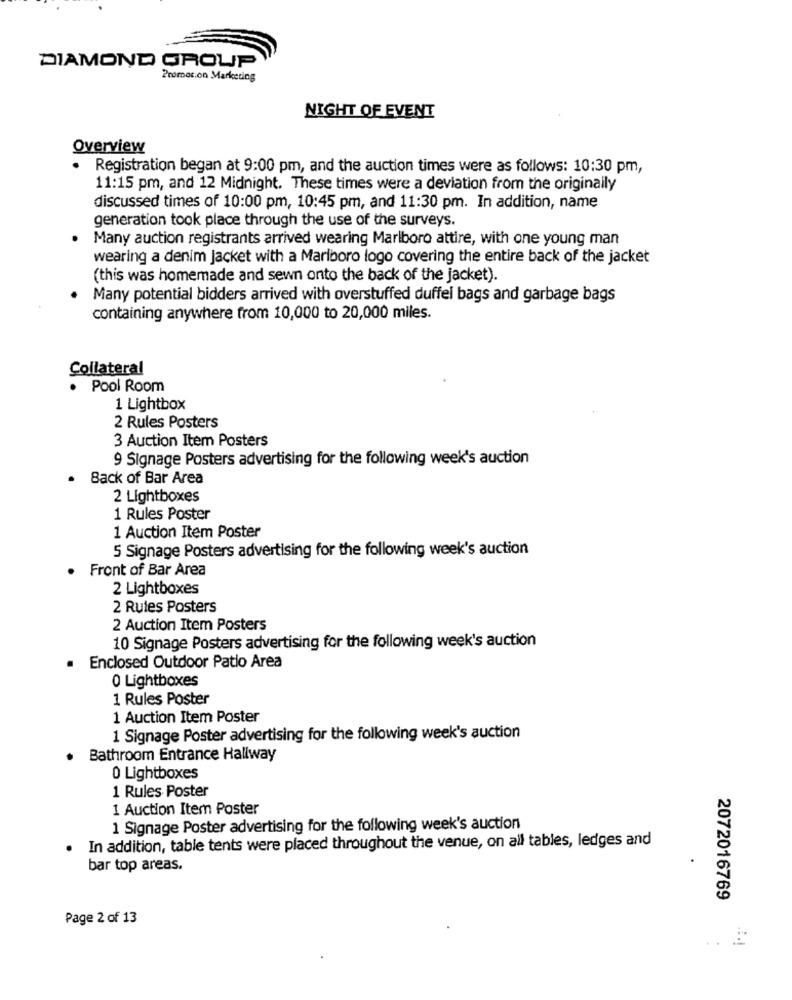
DIAMOND GROUP
Promotion Marketing
NIGHT OF EVENT
Overview
· Registration began at 9:00 pm, and the auction times were as follows: 10:30 pm,
11:15 pm, and 12 Midnight. These times were a deviation from the originally
discussed times of 10:00 pm, 10:45 pm, and 11:30 pm. In addition, name
generation took place through the use of the surveys.
Many auction registrants arrived wearing Marlboro attire, with one young man
wearing a denim jacket with a Marlboro logo covering the entire back of the jacket
(this was homemade and sewn onto the back of the jacket).
Many potential bidders arrived with overstuffed duffel bags and garbage bags
containing anywhere from 10,000 to 20,000 miles.
Collateral
. Pool Room
1 Lightbox
2 Rules Posters
3 Auction Item Posters
9 Signage Posters advertising for the following week's auction
· Back of Bar Area
2 Lightboxes
1 Rules Poster
1 Auction Item Poster
5 Signage Posters advertising for the following week's auction
Front of Bar Area
2 Lightboxes
2 Rules Posters
2 Auction Item Posters
10 Signage Posters advertising for the following week's auction
.
Enclosed Outdoor Patio Area
0 Lightboxes
1 Rules Poster
1 Auction Item Poster
1 Signage Poster advertising for the following week's auction
Bathroom Entrance Hallway
0 Lightboxes
1 Rules Poster
1 Auction Item Poster
1 Signage Poster advertising for the following week's auction
In addition, table tents were placed throughout the venue, on all tables, ledges and
bar top areas.
2072016769
Page 2 of 13
.. £